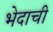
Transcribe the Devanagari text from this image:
भेदाची